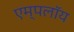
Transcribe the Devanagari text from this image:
एम्पलॉय